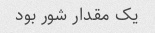
یک مقدار شور بود